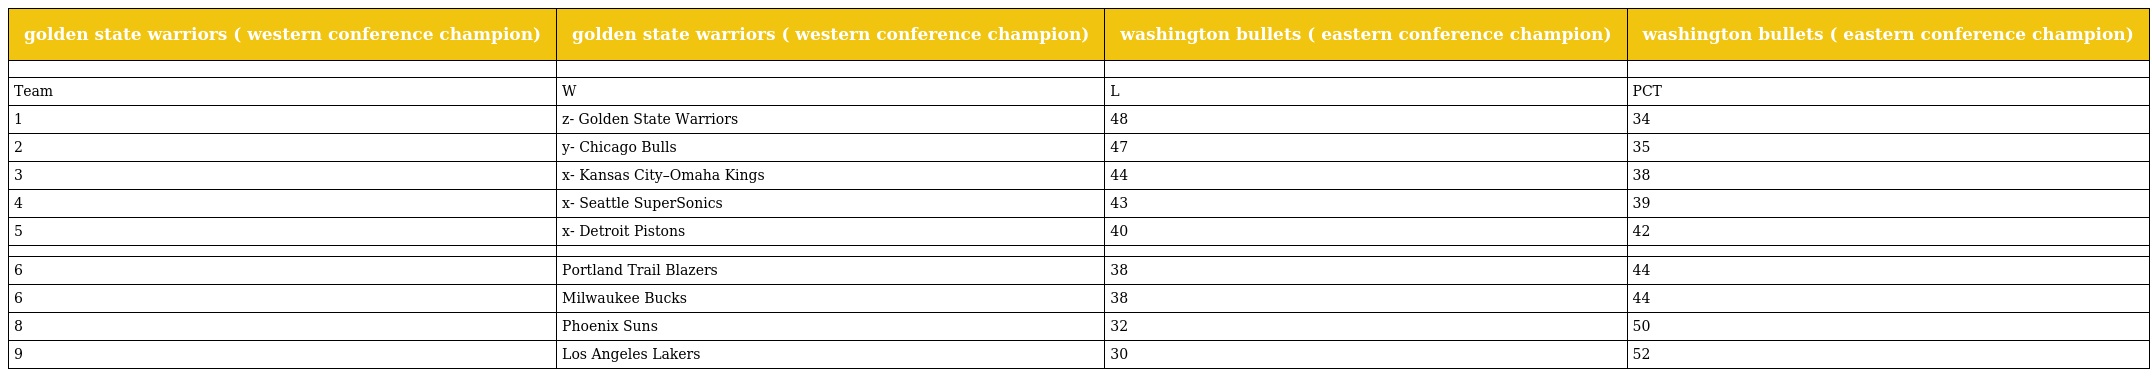
| golden state warriors ( western conference champion) | golden state warriors ( western conference champion) | washington bullets ( eastern conference champion) | washington bullets ( eastern conference champion) |
 | --- | --- | --- | --- |
 |  |  |  |  |
 | Team | W | L | PCT |
 | 1 | z- Golden State Warriors | 48 | 34 |
 | 2 | y- Chicago Bulls | 47 | 35 |
 | 3 | x- Kansas City–Omaha Kings | 44 | 38 |
 | 4 | x- Seattle SuperSonics | 43 | 39 |
 | 5 | x- Detroit Pistons | 40 | 42 |
 |  |  |  |  |
 | 6 | Portland Trail Blazers | 38 | 44 |
 | 6 | Milwaukee Bucks | 38 | 44 |
 | 8 | Phoenix Suns | 32 | 50 |
 | 9 | Los Angeles Lakers | 30 | 52 |